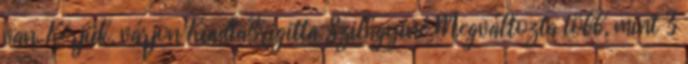
van. Kérjük, várjon KiadtaBrigitta Szilágyiné Megváltozta több, mint 3